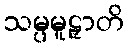
သမ္ပမူဠှာတိ